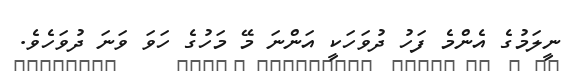
ނީލަމުގެ އެންމެ ފަހު ދުވަހަކީ އަންނަ މޭ މަހުގެ ހަވަ ވަނަ ދުވަހެވެ.